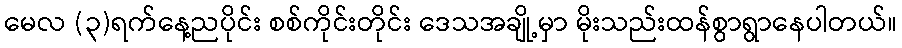
မေလ (၃)ရက်နေ့ညပိုင်း စစ်ကိုင်းတိုင်း ဒေသအချို့မှာ မိုးသည်းထန်စွာရွာနေပါတယ်။